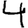
Digit: 4